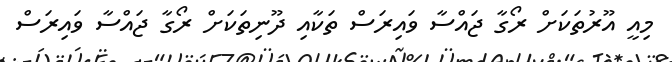
މިއީ އޫރުތަކަށް ރޯގާ ޖައްސާ ވައިރަސް ތަކާއި ދޫނިތަކަށް ރޯގާ ޖައްސާ ވައިރަސް